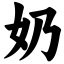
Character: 奶